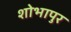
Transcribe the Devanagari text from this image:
शोभापुर